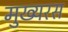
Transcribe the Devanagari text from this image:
मुख्यरस